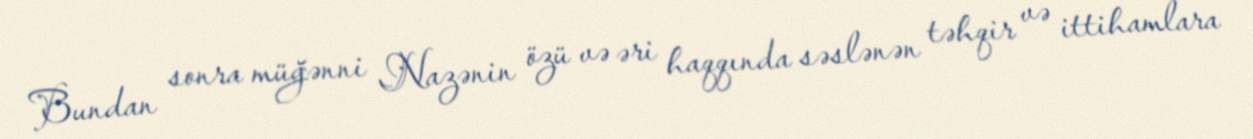
Bundan sonra müğənni Nazənin özü və əri haqqında səslənən təhqir və ittihamlara